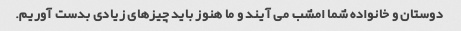
دوستان و خانواده شما امشب می آیند و ما هنوز باید چیزهای زیادی بدست آوریم.